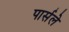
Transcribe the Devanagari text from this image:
पार्सले